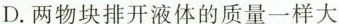
D.两物块排开液体的质量一样大